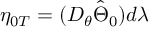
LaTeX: \eta _ { 0 T } = ( D _ { \theta } \hat { \Theta } _ { 0 } ) d \lambda